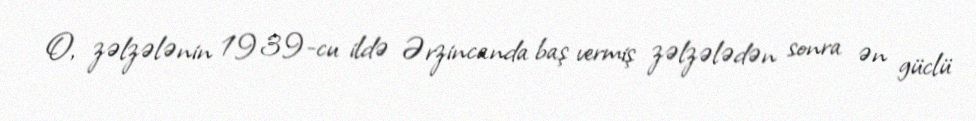
O, zəlzələnin 1939-cu ildə Ərzincanda baş vermiş zəlzələdən sonra ən güclü